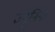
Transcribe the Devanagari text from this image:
ज्यूनिना